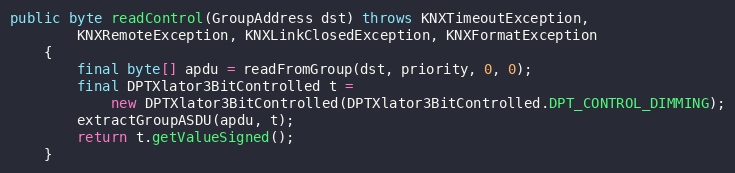
Language: Java
public byte readControl(GroupAddress dst) throws KNXTimeoutException,
		KNXRemoteException, KNXLinkClosedException, KNXFormatException
	{
		final byte[] apdu = readFromGroup(dst, priority, 0, 0);
		final DPTXlator3BitControlled t =
			new DPTXlator3BitControlled(DPTXlator3BitControlled.DPT_CONTROL_DIMMING);
		extractGroupASDU(apdu, t);
		return t.getValueSigned();
	}